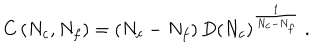
C \left( N _ { c } , N _ { f } \right) = \left( N _ { c } - N _ { f } \right) D \left( N _ { c } \right) ^ { \frac { 1 } { N _ { c } - N _ { f } } } \ .